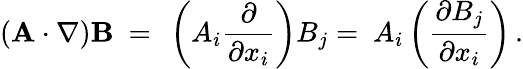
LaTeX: (\mathbf{A}\cdot\nabla)\mathbf{B}\ =\ \left(A_{i}{\frac{\partial}{\partial x_{i}}}\right)B_{j}=\ A_{i}\left({\frac{\partial B_{j}}{\partial x_{i}}}\right)\, .